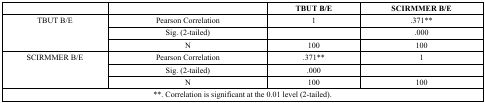
|  |  | TBUT B/E | SCIRMMER B/E |
 | --- | --- | --- | --- |
 | <ROWSPAN=3> TBUT B/E | Pearson Correlation | 1 | .371** |
 | Sig. (2-tailed) |  | .000 |
 | N | 100 | 100 |
 | <ROWSPAN=3> SCIRMMER B/E | Pearson Correlation | .371** | 1 |
 | Sig. (2-tailed) | .000 |  |
 | N | 100 | 100 |
 | <COLSPAN=4> **. Correlation is significant at the 0.01 level (2-tailed). |